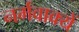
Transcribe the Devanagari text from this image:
नर्मवाक्यें